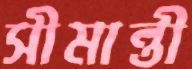
সীমান্তী